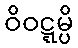
ဝိဝဋ္ဋမ္ပိ